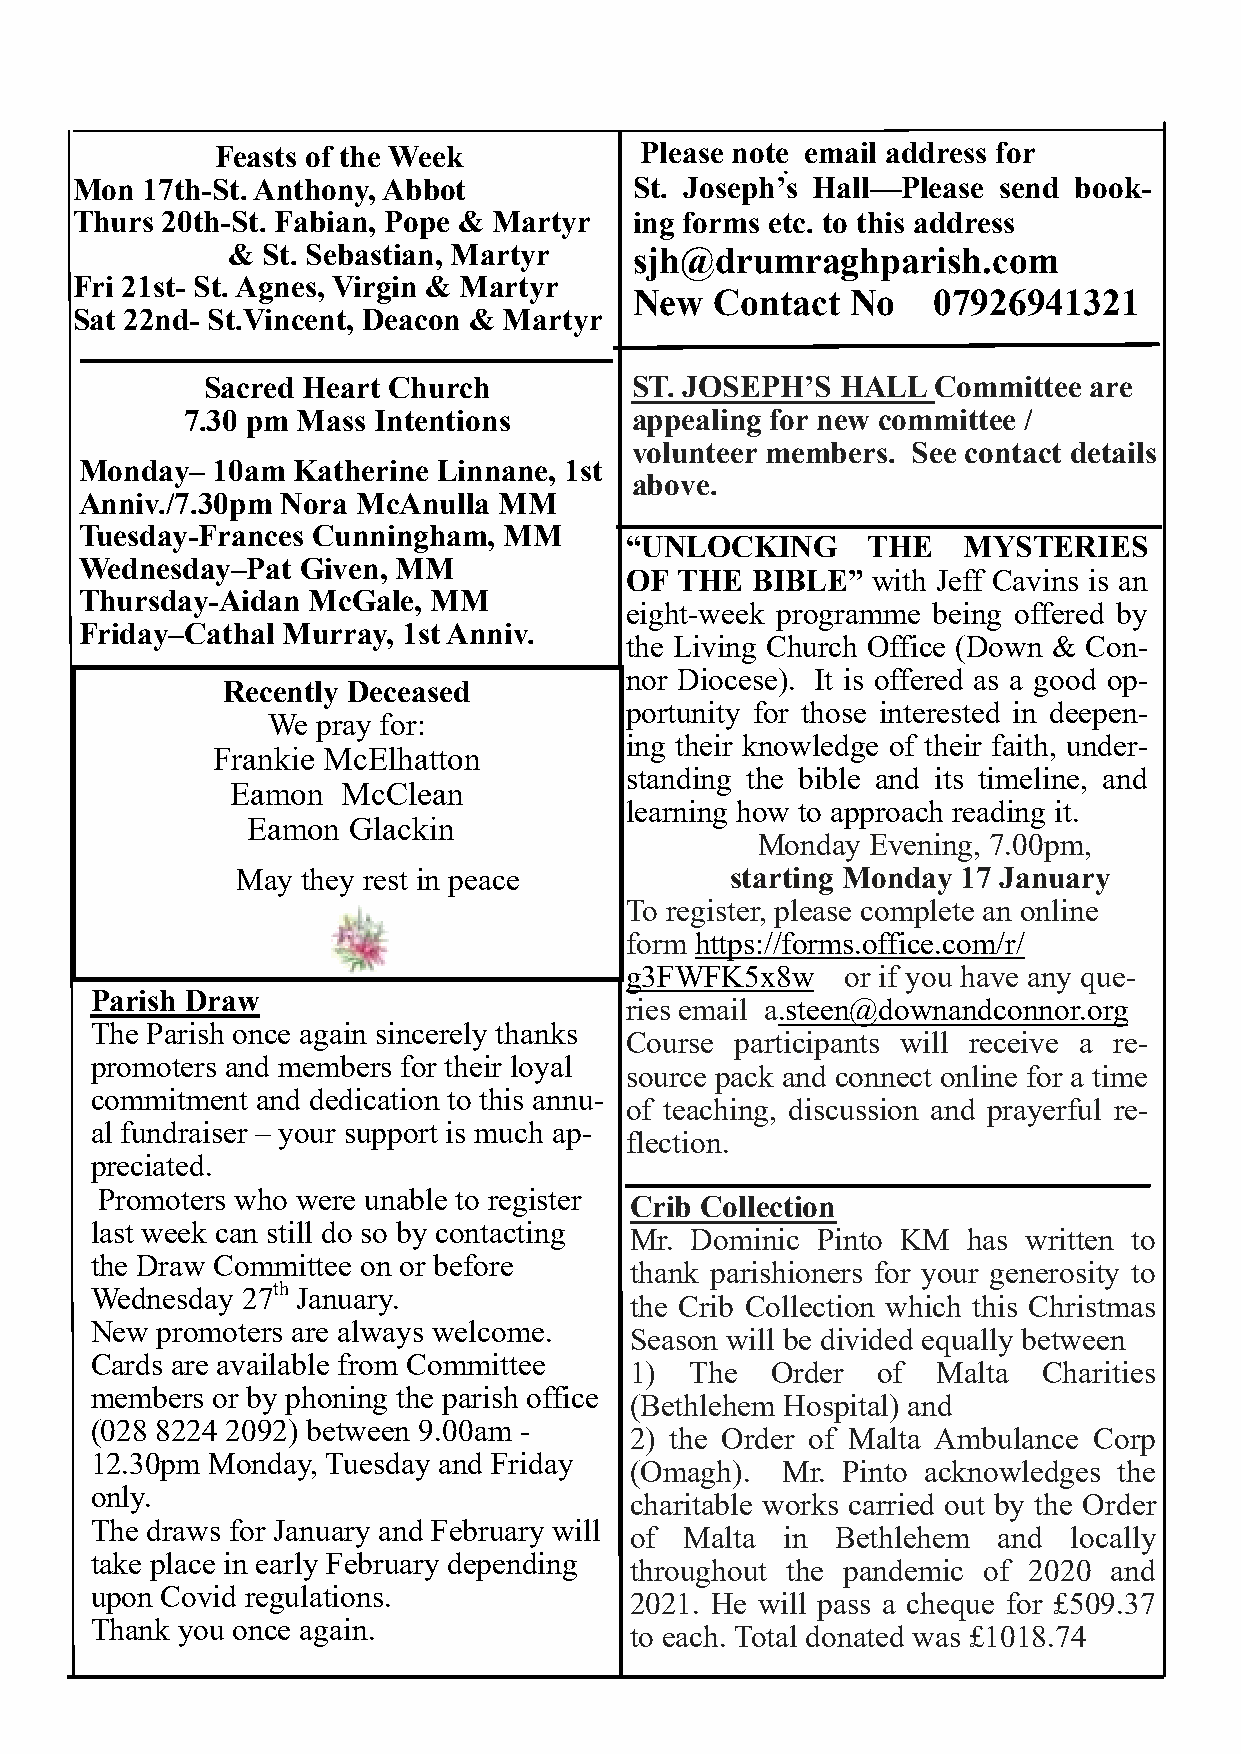
Feasts of the Week          Please note email address for
 .
 Mon 17th-St. Anthony, Abbot          St. Joseph’s Hall—Please send book-
 Thurs 20th-St. Fabian, Pope & Martyr ing forms etc. to this address
 & St. Sebastian, Martyr    sjh@drumraghparish.com
 Fri 21st- St. Agnes, Virgin & Martyr
 New  Contact  No    07926941321
 Sat 22nd- St.Vincent, Deacon & Martyr
 Sacred Heart Church          ST. JOSEPH’S  HALL  Committee are
 7.30 pm Mass Intentions       appealing for new committee /
 volunteer members. See contact details
 Monday–  10am Katherine Linnane, 1st
 above.
 Anniv./7.30pm Nora McAnulla MM
 Tuesday-Frances Cunningham, MM
 “UNLOCKING      THE    MYSTERIES
 Wednesday–Pat  Given, MM
 OF  THE  BIBLE”  with Jeff Cavins is an
 Thursday-Aidan McGale, MM
 eight-week programme being offered by
 Friday–Cathal Murray, 1st Anniv.
 the Living Church Office (Down & Con-
 nor Diocese). It is offered as a good op-
 Recently Deceased
 portunity for those interested in deepen-
 We pray for:
 ing their knowledge of their faith, under-
 Frankie McElhatton
 standing the bible and its timeline, and
 Eamon   McClean
 learning how to approach reading it.
 Eamon  Glackin
 Monday  Evening, 7.00pm,
 May they rest in peace          starting Monday 17 January
 To register, please complete an online
 form https://forms.office.com/r/
 g3FWFK5x8w     or if you have any que-
 Parish Draw
 ries email a.steen@downandconnor.org
 The Parish once again sincerely thanks
 Course  participants will receive a re-
 promoters and members for their loyal
 source pack and connect online for a time
 commitment and dedication to this annu-
 of teaching, discussion and prayerful re-
 al fundraiser – your support is much ap-
 flection.
 preciated.
 Promoters who were unable to register
 Crib Collection
 last week can still do so by contacting
 Mr. Dominic Pinto KM  has written to
 the Draw Committee on or before
 thank parishioners for your generosity to
 Wednesday 27th January.
 the Crib Collection which this Christmas
 New promoters are always welcome.
 Season will be divided equally between
 Cards are available from Committee
 1)  The  Order  of  Malta  Charities
 members or by phoning the parish office
 (Bethlehem Hospital) and
 (028 8224 2092) between 9.00am -
 2) the Order of Malta Ambulance Corp
 12.30pm Monday, Tuesday and Friday
 (Omagh).  Mr. Pinto acknowledges the
 only.
 charitable works carried out by the Order
 The draws for January and February will
 of Malta  in Bethlehem  and  locally
 take place in early February depending
 throughout the pandemic of 2020 and
 upon Covid regulations.
 2 021. He will pass a cheque for £509.37
 Thank you once again.
 to each. Total donated was £1018.74